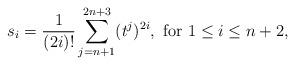
LaTeX: \begin{align*}s_{i}=\frac{1}{(2i)!}\sum_{j=n+1}^{2n+3}(t^j)^{2i},\ \mbox{for}\ 1\leq i\leq n+2,\end{align*}